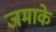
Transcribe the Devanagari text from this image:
जमाके